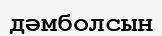
дәмболсын